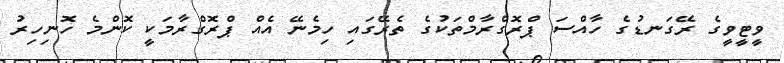
ވީޓީވީގެ ރޭގަނޑުގެ ހާއްސަ ޕްރޮގްރާމްތަކުގެ ތެރޭގައި ހިމެނޭ އެއް ޕްރޮގްރާމަކީ ކޮންމެ ހޮނިހިރު